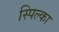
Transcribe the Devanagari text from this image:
स्पिल्का